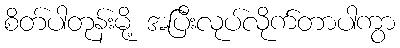
စိတ်ပါတုန်းမို့ အပြီးလုပ်လိုက်တာပါကွာ